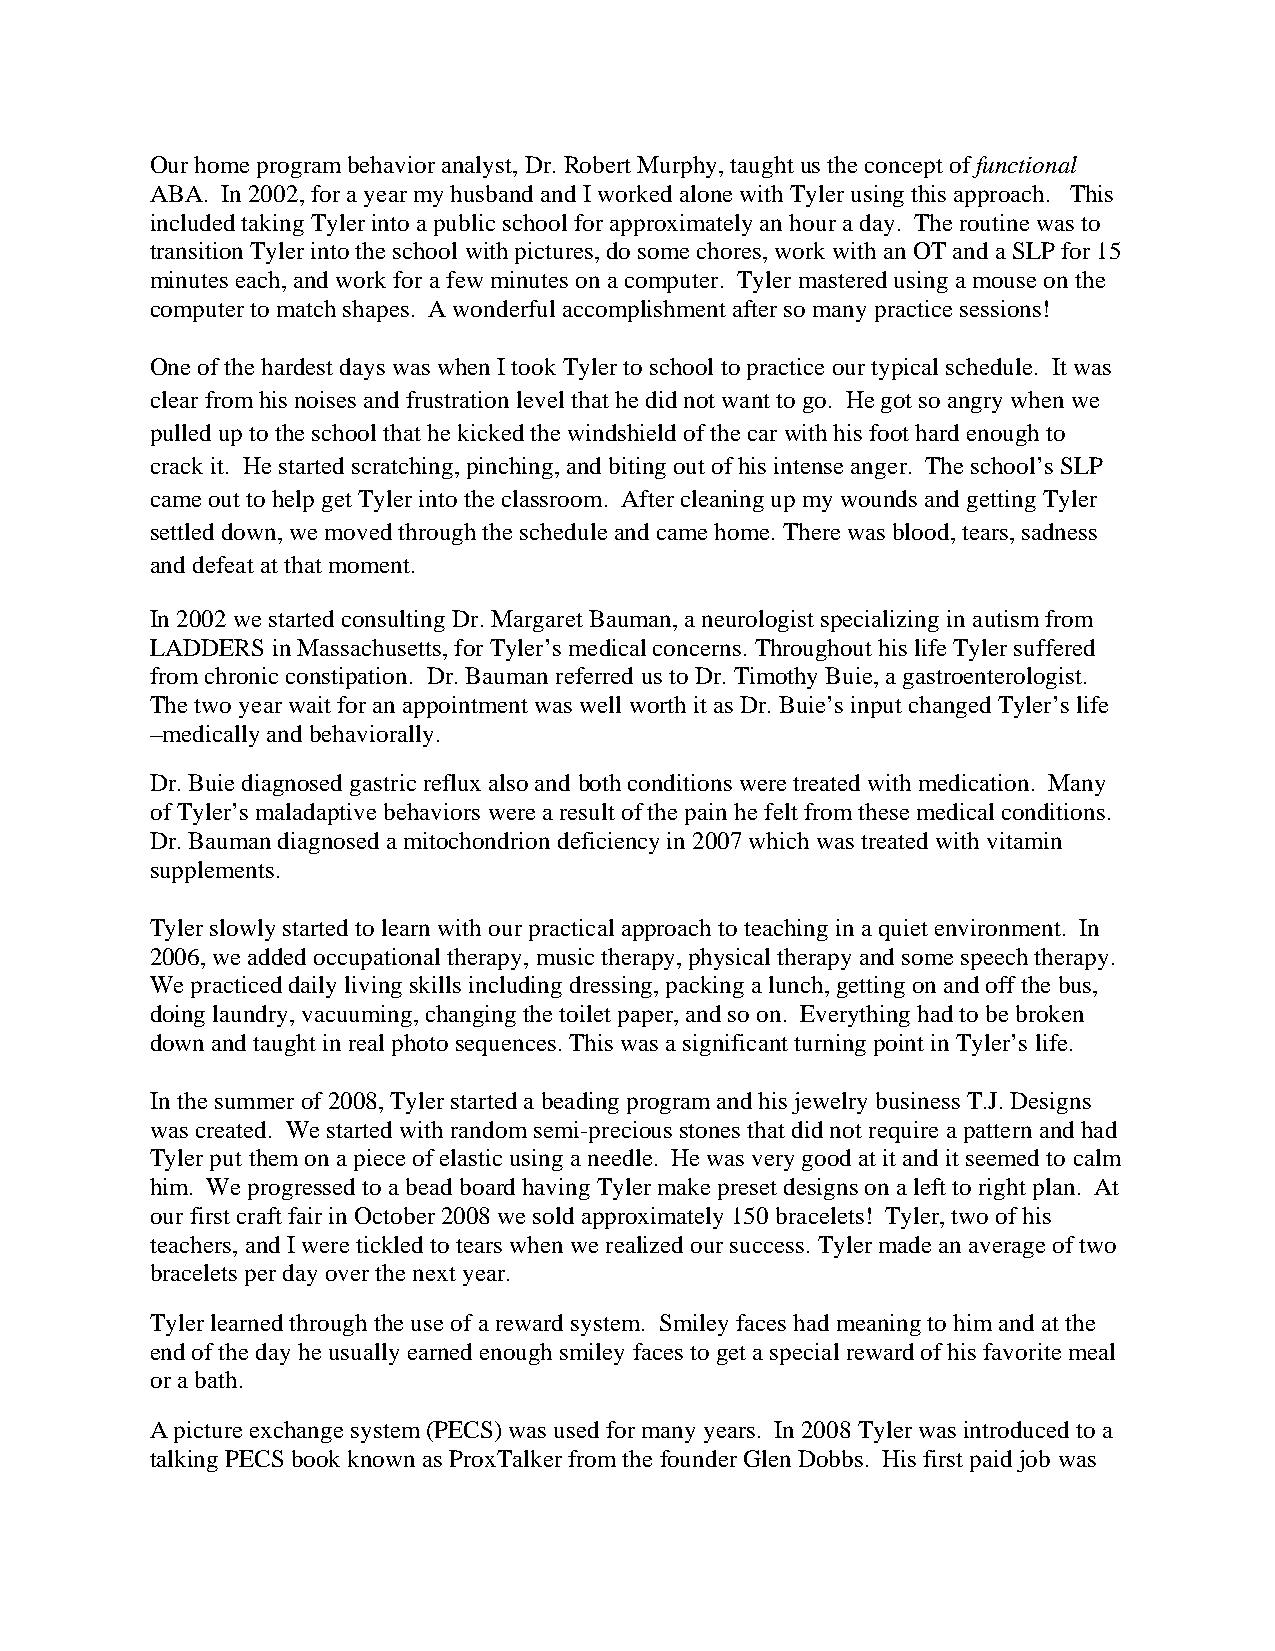
Our home program behavior analyst, Dr. Robert Murphy, taught us the concept of functional
 ABA. In 2002, for a year my husband and I worked alone with Tyler using this approach. This
 included taking Tyler into a public school for approximately an hour a day. The routine was to
 transition Tyler into the school with pictures, do some chores, work with an OT and a SLP for 15
 minutes each, and work for a few minutes on a computer. Tyler mastered using a mouse on the
 computer to match shapes. A wonderful accomplishment after so many practice sessions!
 One of the hardest days was when I took Tyler to school to practice our typical schedule. It was
 clear from his noises and frustration level that he did not want to go. He got so angry when we
 pulled up to the school that he kicked the windshield of the car with his foot hard enough to
 crack it. He started scratching, pinching, and biting out of his intense anger. The school’s SLP
 came out to help get Tyler into the classroom. After cleaning up my wounds and getting Tyler
 settled down, we moved through the schedule and came home. There was blood, tears, sadness
 and defeat at that moment.
 In 2002 we started consulting Dr. Margaret Bauman, a neurologist specializing in autism from
 LADDERS in Massachusetts, for Tyler’s medical concerns. Throughout his life Tyler suffered
 from chronic constipation. Dr. Bauman referred us to Dr. Timothy Buie, a gastroenterologist.
 The two year wait for an appointment was well worth it as Dr. Buie’s input changed Tyler’s life
 –medically and behaviorally.
 Dr. Buie diagnosed gastric reflux also and both conditions were treated with medication. Many
 of Tyler’s maladaptive behaviors were a result of the pain he felt from these medical conditions.
 Dr. Bauman diagnosed a mitochondrion deficiency in 2007 which was treated with vitamin
 supplements.
 Tyler slowly started to learn with our practical approach to teaching in a quiet environment. In
 2006, we added occupational therapy, music therapy, physical therapy and some speech therapy.
 We practiced daily living skills including dressing, packing a lunch, getting on and off the bus,
 doing laundry, vacuuming, changing the toilet paper, and so on. Everything had to be broken
 down and taught in real photo sequences. This was a significant turning point in Tyler’s life.
 In the summer of 2008, Tyler started a beading program and his jewelry business T.J. Designs
 was created. We started with random semi-precious stones that did not require a pattern and had
 Tyler put them on a piece of elastic using a needle. He was very good at it and it seemed to calm
 him. We progressed to a bead board having Tyler make preset designs on a left to right plan. At
 our first craft fair in October 2008 we sold approximately 150 bracelets! Tyler, two of his
 teachers, and I were tickled to tears when we realized our success. Tyler made an average of two
 bracelets per day over the next year.
 Tyler learned through the use of a reward system. Smiley faces had meaning to him and at the
 end of the day he usually earned enough smiley faces to get a special reward of his favorite meal
 or a bath.
 A picture exchange system (PECS) was used for many years. In 2008 Tyler was introduced to a
 talking PECS book known as ProxTalker from the founder Glen Dobbs. His first paid job was